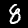
Label: 8